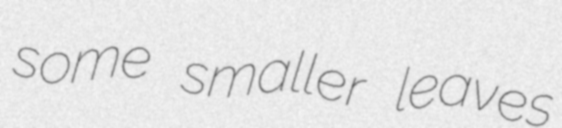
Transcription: some smaller leaves